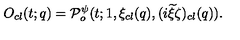
O _ { c l } ( t ; q ) = { \cal P } _ { o } ^ { \psi } ( t ; 1 , \xi _ { c l } ( q ) , ( i { \widetilde \xi } \zeta ) _ { c l } ( q ) ) .